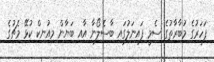
ފަހަރުގެ މުބާރާތުގެ ސެމީ ފައިނަލުގައި ބާސެލޯނާ އާއި ބަޔާން މިއުނިކް ކުޅޭ މެޗުގެ